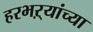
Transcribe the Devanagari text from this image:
हरभऱ्यांच्या